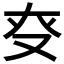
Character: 𠬲